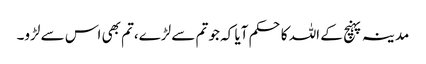
مدینہ پہنچ کے اللہ کاحکم آیا کہ جو تم سے لڑے،تم بھی اس سے لڑو۔